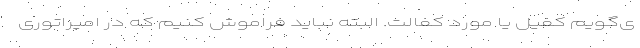
ی‌گویم کفیل یا مورد کفالت. البته نباید فراموش کنیم که در امپراتوری